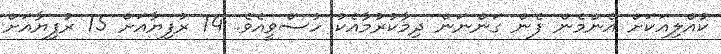
ކުއްލިއަކަށް އެންމެން ފެން ގަންނަން ދިމާކުރުމާއެކު ހުސްވީއެވެ. 14 ރުފިޔާއަށް 15 ރުފިޔާއަށް